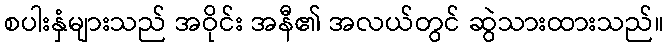
စပါးနှံများသည် အဝိုင်း အနီ၏ အလယ်တွင် ဆွဲသားထားသည်။